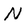
Character: N